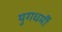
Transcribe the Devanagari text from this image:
युगधर्मी